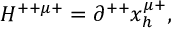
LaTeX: H ^ { + + \mu + } = \partial ^ { + + } x _ { h } ^ { \mu + } ,